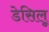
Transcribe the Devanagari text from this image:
डेसिलू